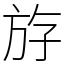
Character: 斿